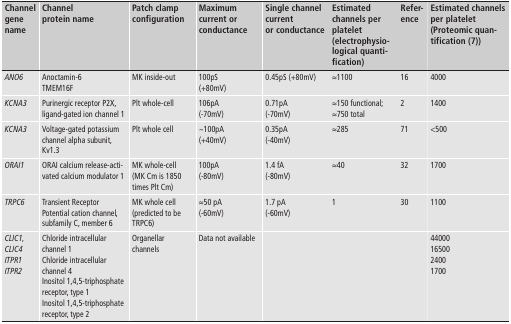
<table><thead><tr><td><b>Channel gene name</b></td><td><b>Channel protein name</b></td><td><b>Patch clamp configuration</b></td><td><b>Maximum current or conductance</b></td><td><b>Single channel current or conductance</b></td><td><b>Estimated channels per platelet (electrophysiological quantification)</b></td><td><b>Reference</b></td><td><b>Estimated channels per platelet (Proteomic quantification (7))</b></td></tr></thead><tbody><tr><td><i>ANO6</i></td><td>Anoctamin-6 TMEM16F</td><td>MK inside-out</td><td>100pS (+80mV)</td><td>0.45pS (+80mV)</td><td>≈1100</td><td>16</td><td>4000</td></tr><tr><td><i>KCNA3</i></td><td>Purinergic receptor P2X, ligand-gated ion channel 1</td><td>Plt whole-cell</td><td>106pA (-70mV)</td><td>0.71pA (-70mV)</td><td>≈150 functional; ≈750 total</td><td>2</td><td>1400</td></tr><tr><td><i>KCNA3</i></td><td>Voltage-gated potassium channel alpha subunit, Kv1.3</td><td>Plt whole cell</td><td>~100pA (+40mV)</td><td>0.35pA (-40mV)</td><td>≈285</td><td>71</td><td>&lt;500</td></tr><tr><td><i>ORAI1</i></td><td>ORAI calcium release-activated calcium modulator 1</td><td>MK whole-cell (MK Cm is 1850 times Plt Cm)</td><td>100pA (-80mV)</td><td>1.4 fA (-80mV)</td><td>≈40</td><td>32</td><td>1700</td></tr><tr><td><i>TRPC6</i></td><td>Transient Receptor Potential cation channel, subfamily C, member 6</td><td>MK whole cell (predicted to be TRPC6)</td><td>≈50 pA (-60mV)</td><td>1.7 pA (-60mV)</td><td>1</td><td>30</td><td>1100</td></tr><tr><td><i>CLIC1,</i><i>CLIC4</i><i>ITPR1</i><i>ITPR2</i></td><td>Chloride intracellularchannel 1Chloride intracellularchannel 4Inositol 1,4,5-triphosphatereceptor, type 1Inositol 1,4,5-triphosphatereceptor, type 2</td><td>Organellar channels</td><td>Data not available</td><td></td><td></td><td></td><td>440001650024001700</td></tr></tbody></table>